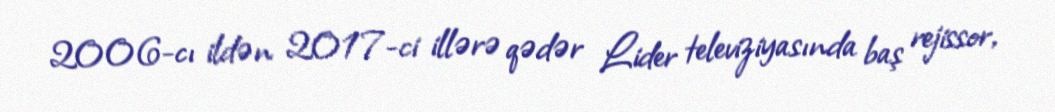
2006-cı ildən 2017-ci illərə qədər Lider televiziyasında baş rejissor,